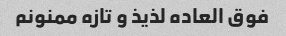
فوق العاده لذیذ و تازه ممنونم